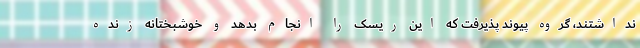
نداشتند، گروه پیوند پذیرفت که این ریسک را انجام بدهد و خوشبختانه زنده